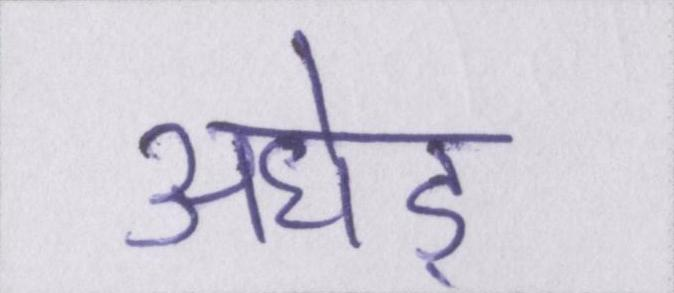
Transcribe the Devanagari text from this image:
अधेड़